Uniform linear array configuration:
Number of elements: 24
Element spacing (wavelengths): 0.75
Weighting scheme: exponential
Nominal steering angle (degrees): -15
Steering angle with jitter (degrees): -14.403
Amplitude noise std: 0.05
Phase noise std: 0.05

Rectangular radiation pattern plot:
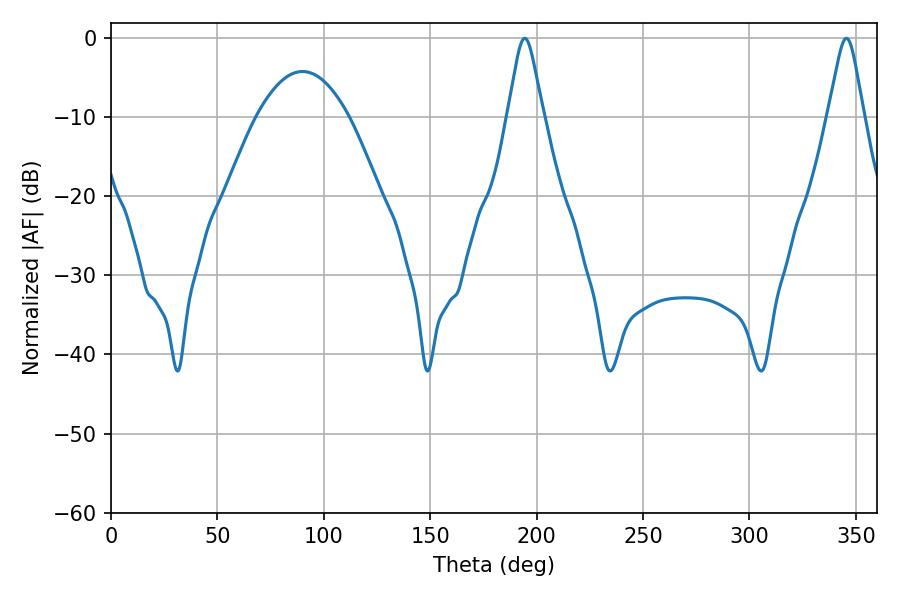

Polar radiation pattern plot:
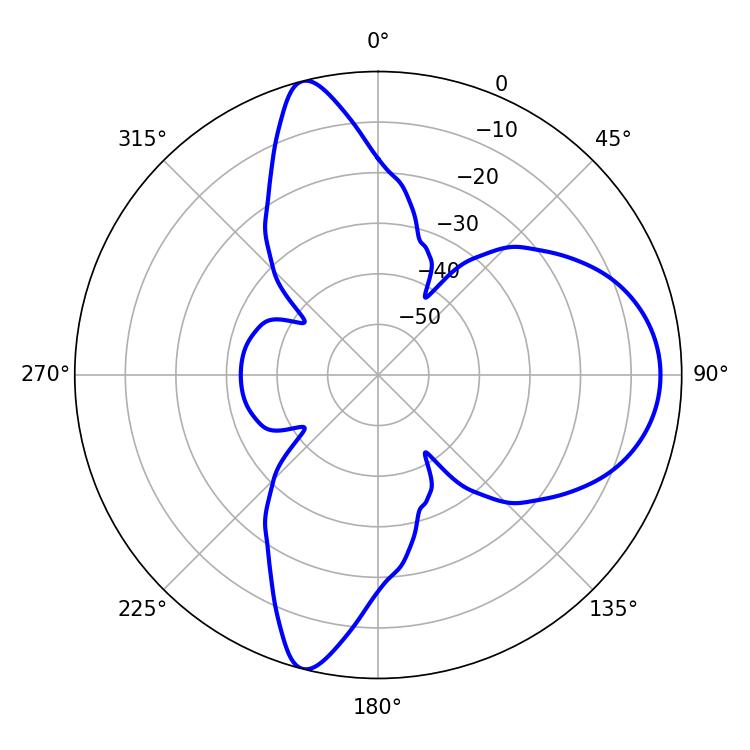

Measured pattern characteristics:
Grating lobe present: TRUE
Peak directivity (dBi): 11.775
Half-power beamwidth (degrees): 7.92
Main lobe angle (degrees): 194.4